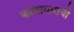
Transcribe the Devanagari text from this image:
कोषागाराची